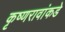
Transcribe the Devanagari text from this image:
कृष्णरावांकडे